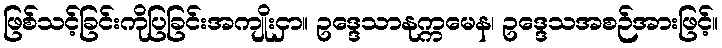
ဖြစ်သင့်ခြင်းကိုပြခြင်းအကျိုးငှာ။ ဥဒ္ဒေသာနုက္ကမေန၊ ဥဒ္ဒေသအစဉ်အားဖြင့်။